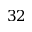
3 2